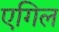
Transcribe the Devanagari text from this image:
एगिल